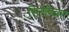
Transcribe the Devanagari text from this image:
सिनेचित्रण